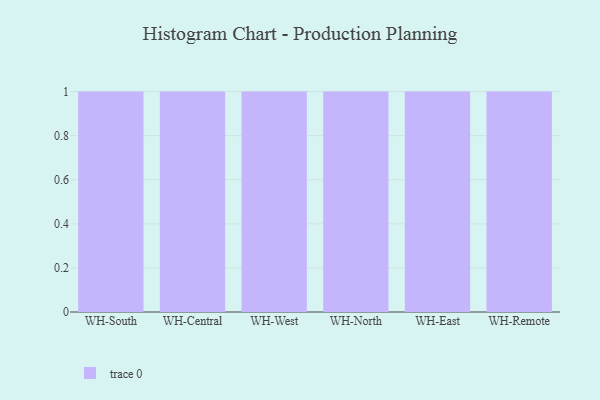
{"axis": {"x": "Warehouse", "y": "Inventory Turnover"}, "legend": [""], "data": [{"x": "WH-South", "y": 49, "type": ""}, {"x": "WH-Central", "y": 54, "type": ""}, {"x": "WH-West", "y": 50, "type": ""}, {"x": "WH-North", "y": 68, "type": ""}, {"x": "WH-East", "y": 69, "type": ""}, {"x": "WH-Remote", "y": 71, "type": ""}]}